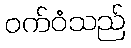
ဝက်ဝံသည်